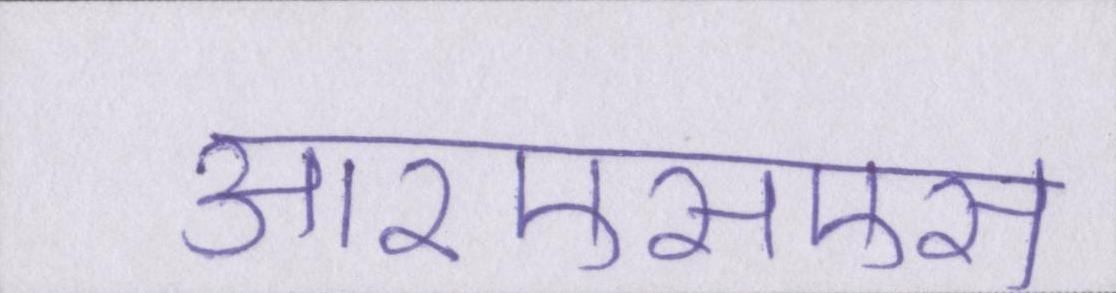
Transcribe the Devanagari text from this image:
आरएसएस